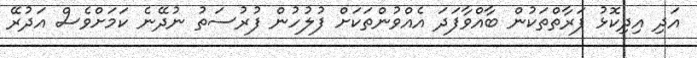
އަދި އިދިކޮޅު ފަރާތްތަކުން ބާއްވާފަދަ އެއްވުންތަކަށް ފުލުހުން ފުރުސަތު ނުދޭނެ ކަމަށްވެސް އަދުރޭ